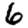
Digit: 6